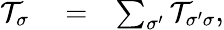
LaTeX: \begin{array}{rlr}{\mathcal{T}_{\sigma}}&{{}=}&{\sum_{\sigma^{\prime}}\mathcal{T}_{\sigma^{\prime}\sigma},}\end{array}